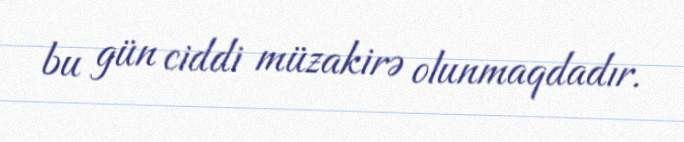
bu gün ciddi müzakirə olunmaqdadır.